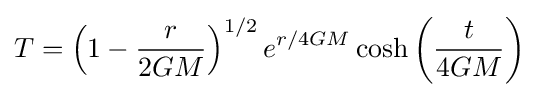
T=\left(1-{\frac {r}{2GM}}\right)^{1/2}e^{r/4GM}\cosh \left({\frac {t}{4GM}}\right)